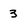
Character: 3